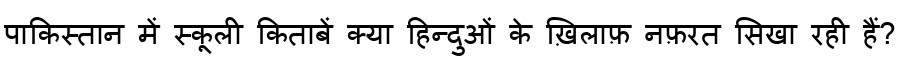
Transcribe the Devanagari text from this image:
पाकिस्तान में स्कूली किताबें क्या हिन्दुओं के ख़िलाफ़ नफ़रत सिखा रही हैं?